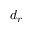
d _ { r }